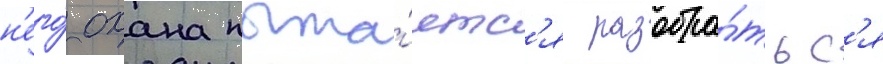
н'его́ охана пыта́етс'я разобра́тьс'я